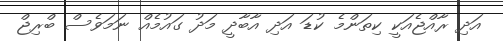
އަދި ރާއްޖެއަކީ ކިތަންމެ ކުޑަ އަދި އާބާދީ މަދު ގައުމެއް ނަމަވެސް ބްރިޖް